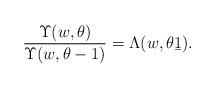
LaTeX: \begin{align*}\frac{\Upsilon(w,\theta)}{\Upsilon(w,\theta-1)}=\Lambda(w,\theta\b 1).\end{align*}